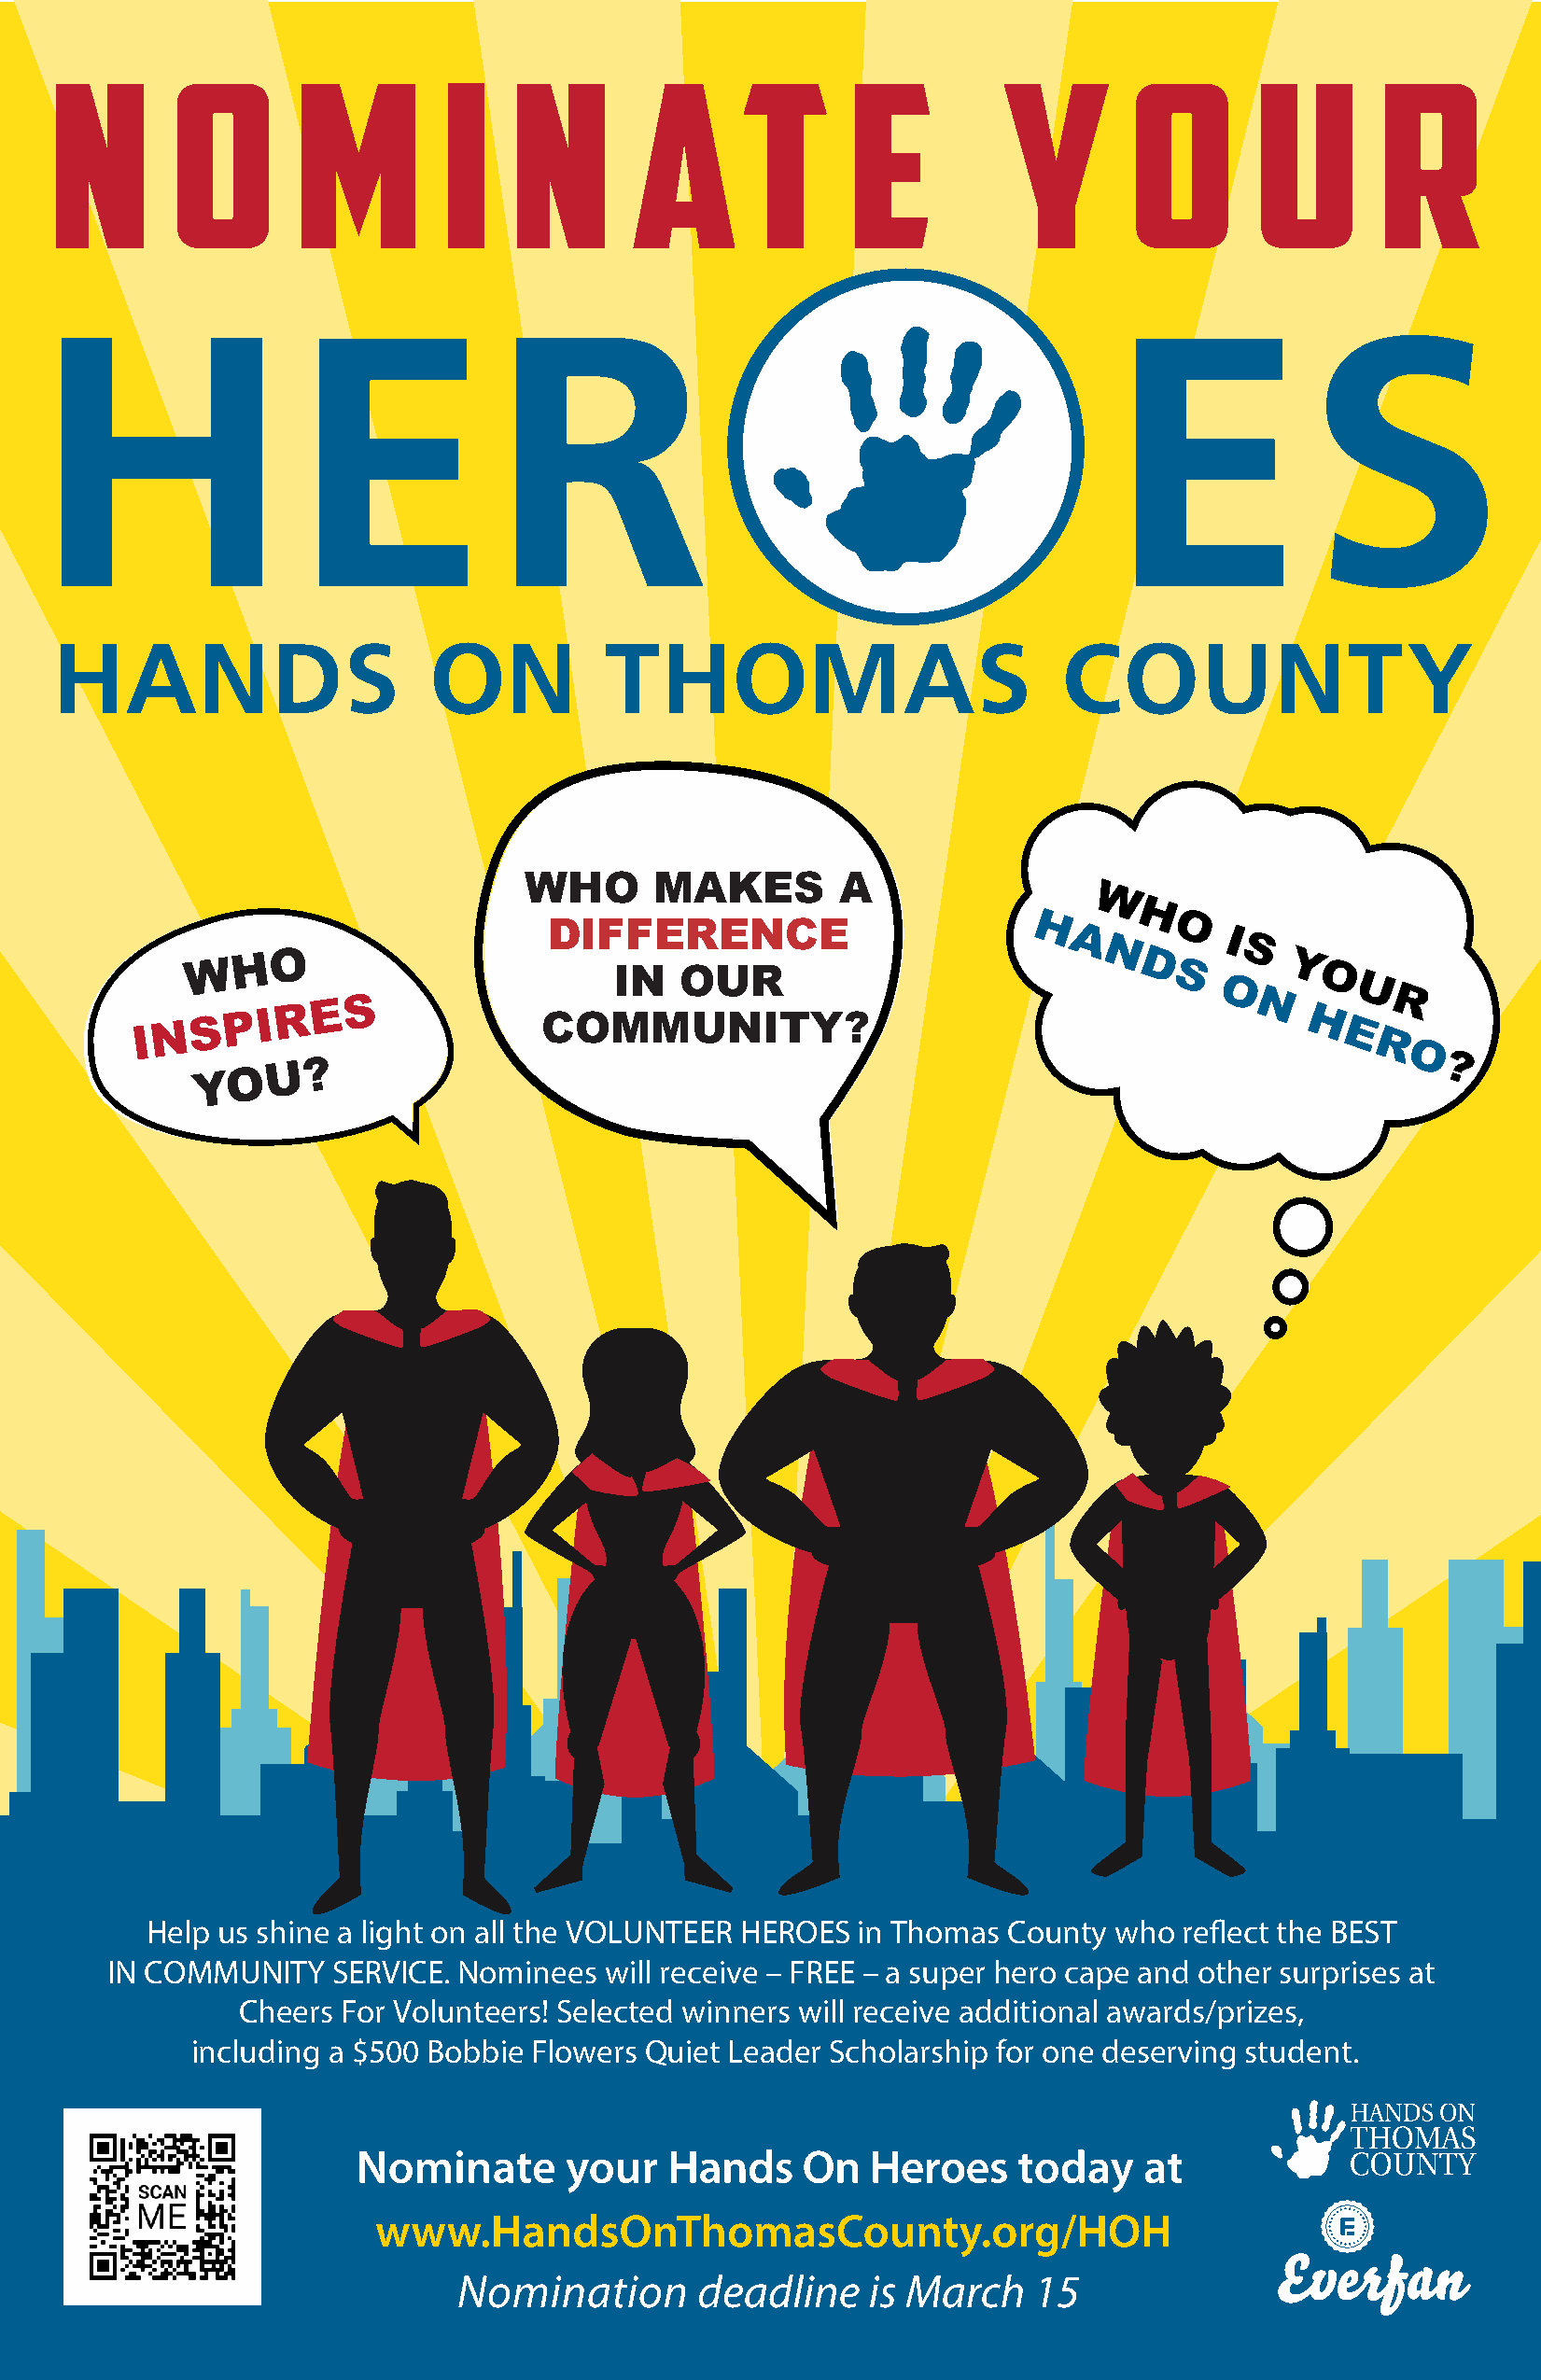
N        OM                 I    NA               T      E          Y        O        UR
 WHO      MAKES        A
 W
 H
 DIFFERENCE                        H
 A
 O
 I
 W   H O                                                          N D       S  Y
 IN   OUR                                S         O
 O         U
 I N S P I R E  S            COMMUNITY?                                         N  H  ER
 R
 O
 YO   U  ?                                                                               ?
 Help us shine a light on all the VOLUNTEER HEROES  in Thomas County  who  reflect the BEST
 IN COMMUNITY    SERVICE. Nominees  will receive – FREE – a super hero cape and other surprises at
 Cheers For Volunteers! Selected winners will receive additional awards/prizes,
 including a $500 Bobbie Flowers Quiet Leader Scholarship for one deserving student.
 Nominate       your   Hands     On   Heroes    today    at
 www.HandsOnThomasCounty.org/HOH
 Nomination       deadline     is March   15